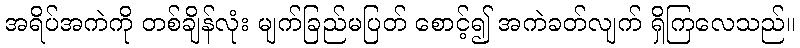
အရိပ်အကဲကို တစ်ချိန်လုံး မျက်ခြည်မပြတ် စောင့်၍ အကဲခတ်လျက် ရှိကြလေသည်။